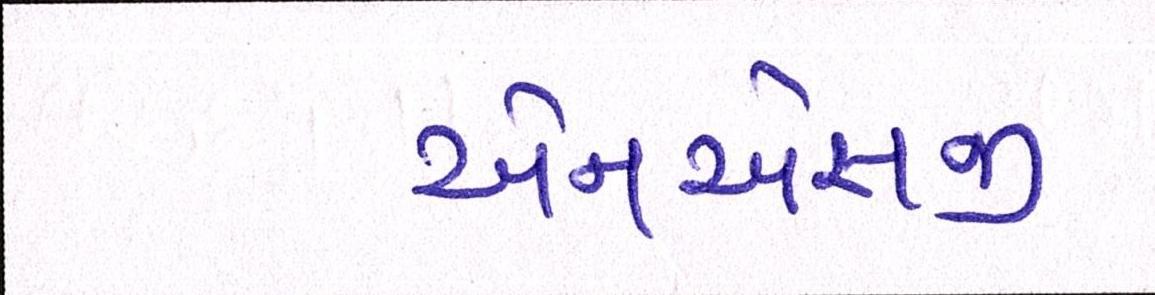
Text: એનએસજી